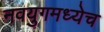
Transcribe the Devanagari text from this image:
नवयुगमध्येच